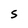
Character: 5